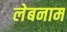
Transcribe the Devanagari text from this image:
लेबनाम